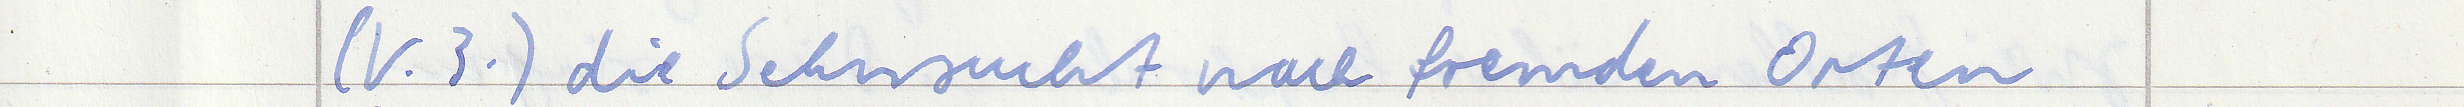
(V.3.) die Sehnsucht nach fremden Orten